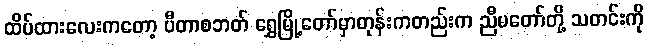
ထိပ်ထားလေးကတော့ ပီတာစဘတ် ရွှေမြို့တော်မှာတုန်းကတည်းက ညီမတော်တို့ သတင်းကို